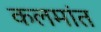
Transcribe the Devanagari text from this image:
कलमांत